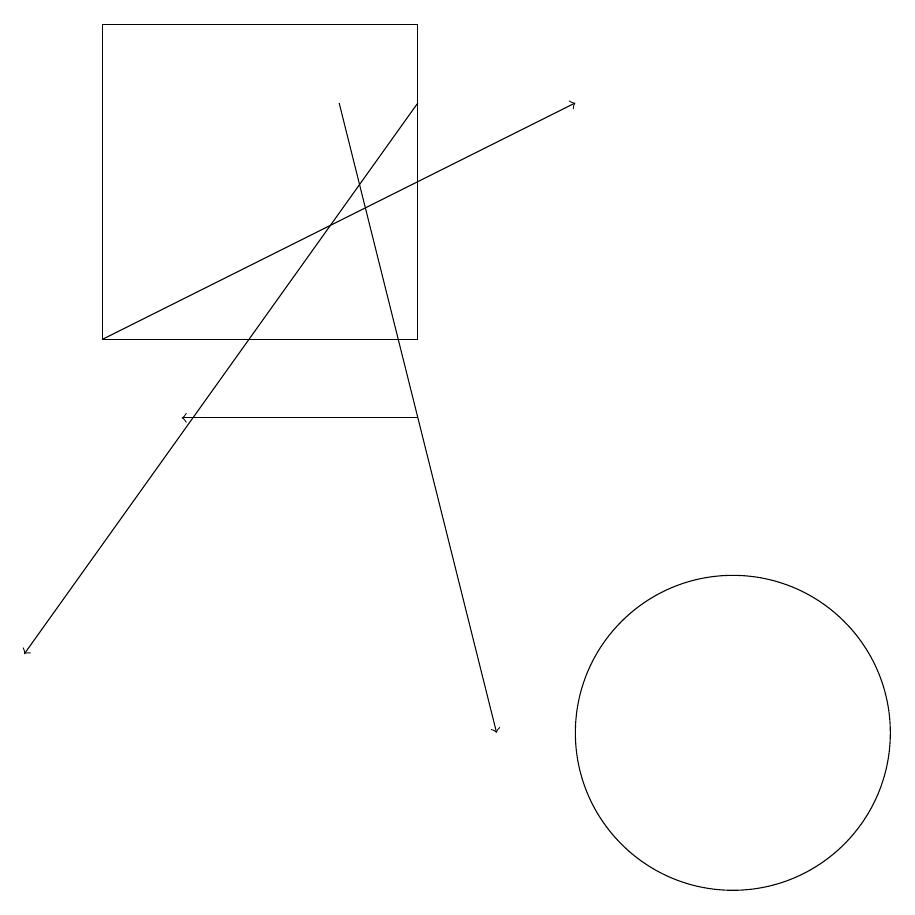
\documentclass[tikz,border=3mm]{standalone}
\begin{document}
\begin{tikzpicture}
\draw[->] (6,14) -- (3,14);
\draw[->] (2,15) -- (8,18);
\draw[->] (5,18) -- (7,10);
\draw[->] (6,18) -- (1,11);
\draw (10,10) circle (2);
\draw (2,19) rectangle (6,15);
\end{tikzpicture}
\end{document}